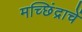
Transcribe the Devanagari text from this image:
मच्छिंद्राचें